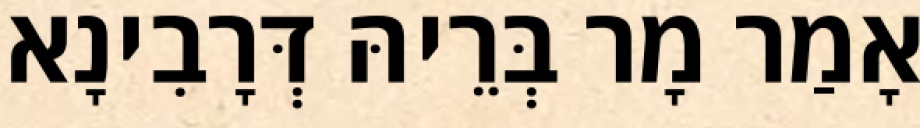
אָמַר מָר בְּרֵיהּ דְּרָבִינָא